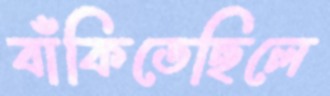
বাঁকিতেছিলে